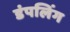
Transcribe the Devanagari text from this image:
डंपलिंग